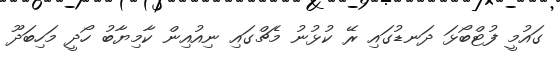
ގައުމީ ފުޓްބޯޅަ ދަނޑުގައި ރޭ ކުޅުނު މެޗްގައި ނިއުއިން ކާމިޔާބު ހޯދީ މަހިބަދޫ